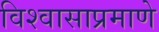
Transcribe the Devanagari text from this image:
विश्वासाप्रमाणे